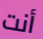
أنت